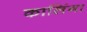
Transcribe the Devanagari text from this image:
कालिंगा